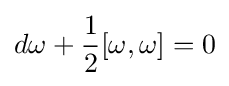
d\omega +{\frac {1}{2}}[\omega ,\omega ]=0